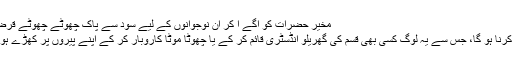
مخیر حضرات کو آگے آ کر ان نوجوانوں کے لیے سود سے پاک چھوٹے چھوٹے قرضوں کا
انتظام کرنا ہو گا، جس سے یہ لوگ کسی بھی قسم کی گھریلو انڈسٹری قائم کر کے یا چھوٹا موٹا کاروبار کر کے اپنے پیروں پر کھڑے ہو سکیں۔